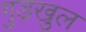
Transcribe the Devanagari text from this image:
गुड़खुल